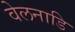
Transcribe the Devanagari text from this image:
वेलनाडि